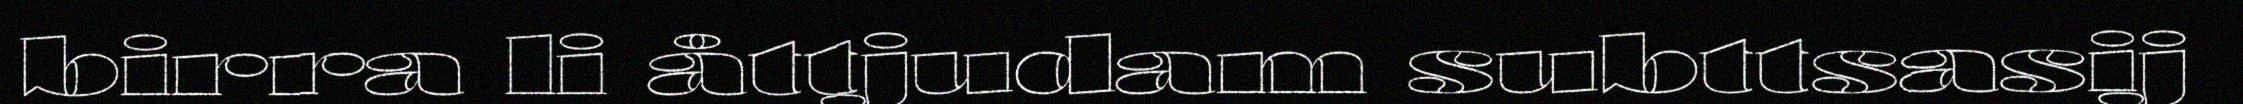
birra li åttjudam subttsasij